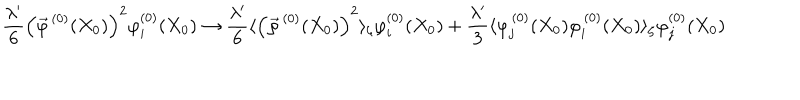
\frac { \lambda ^ { \prime } } { 6 } \left( \vec { \varphi } ^ { \, ( 0 ) } ( X _ { 0 } ) \right) ^ { 2 } \varphi _ { i } ^ { ( 0 ) } ( X _ { 0 } ) \to \frac { \lambda ^ { \prime } } { 6 } \langle \left( \vec { \varphi } ^ { \, ( 0 ) } ( X _ { 0 } ) \right) ^ { 2 } \rangle _ { \zeta } \varphi _ { i } ^ { ( 0 ) } ( X _ { 0 } ) + \frac { \lambda ^ { \prime } } { 3 } \langle \varphi _ { j } ^ { \, ( 0 ) } ( X _ { 0 } ) \varphi _ { i } ^ { \, ( 0 ) } ( X _ { 0 } ) \rangle _ { \zeta } \varphi _ { j } ^ { ( 0 ) } ( X _ { 0 } )